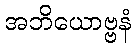
အဘိယောဗ္ဗနံ